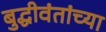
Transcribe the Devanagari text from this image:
बुद्धीवंतांच्या